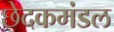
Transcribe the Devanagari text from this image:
छेदकमंडल